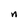
Character: n